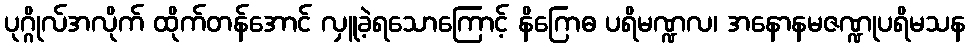
ပုဂ္ဂိုလ်အလိုက် ထိုက်တန်အောင် လှူခဲ့ရသောကြောင့် နိဂြောဓ ပရိမဏ္ဍလ၊ အနောနမဇဏ္ဍုပရိမသန